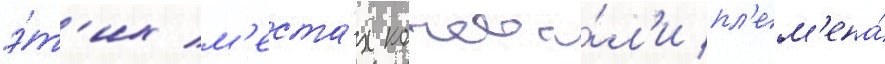
э́т'их м'еста́х кочева́л'и пл'ем'ена́